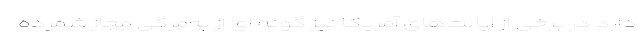
دارد در برخی از ایالت‌های آمریکا نیز گونه ای از به‌مرگی مجاز شمرده